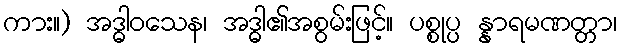
ကား။) အဒ္ဓါဝသေန၊ အဒ္ဓါ၏အစွမ်းဖြင့်။ ပစ္စုပ္ပ န္နာရမဏတ္တာ၊